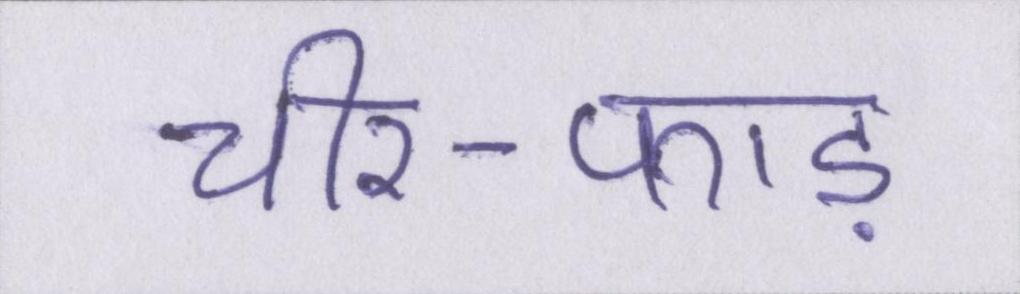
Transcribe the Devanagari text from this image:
चीर-फाड़